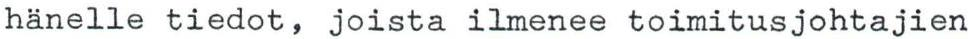
hänelle tiedot, joista ilmenee toimitusjohtajien